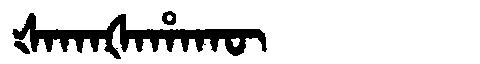
Manchu: ᡧᠠᡴᠠᡧᠠᡥᠠᡴᡡ
Romanization: ŠAKAŠAHAKŪ